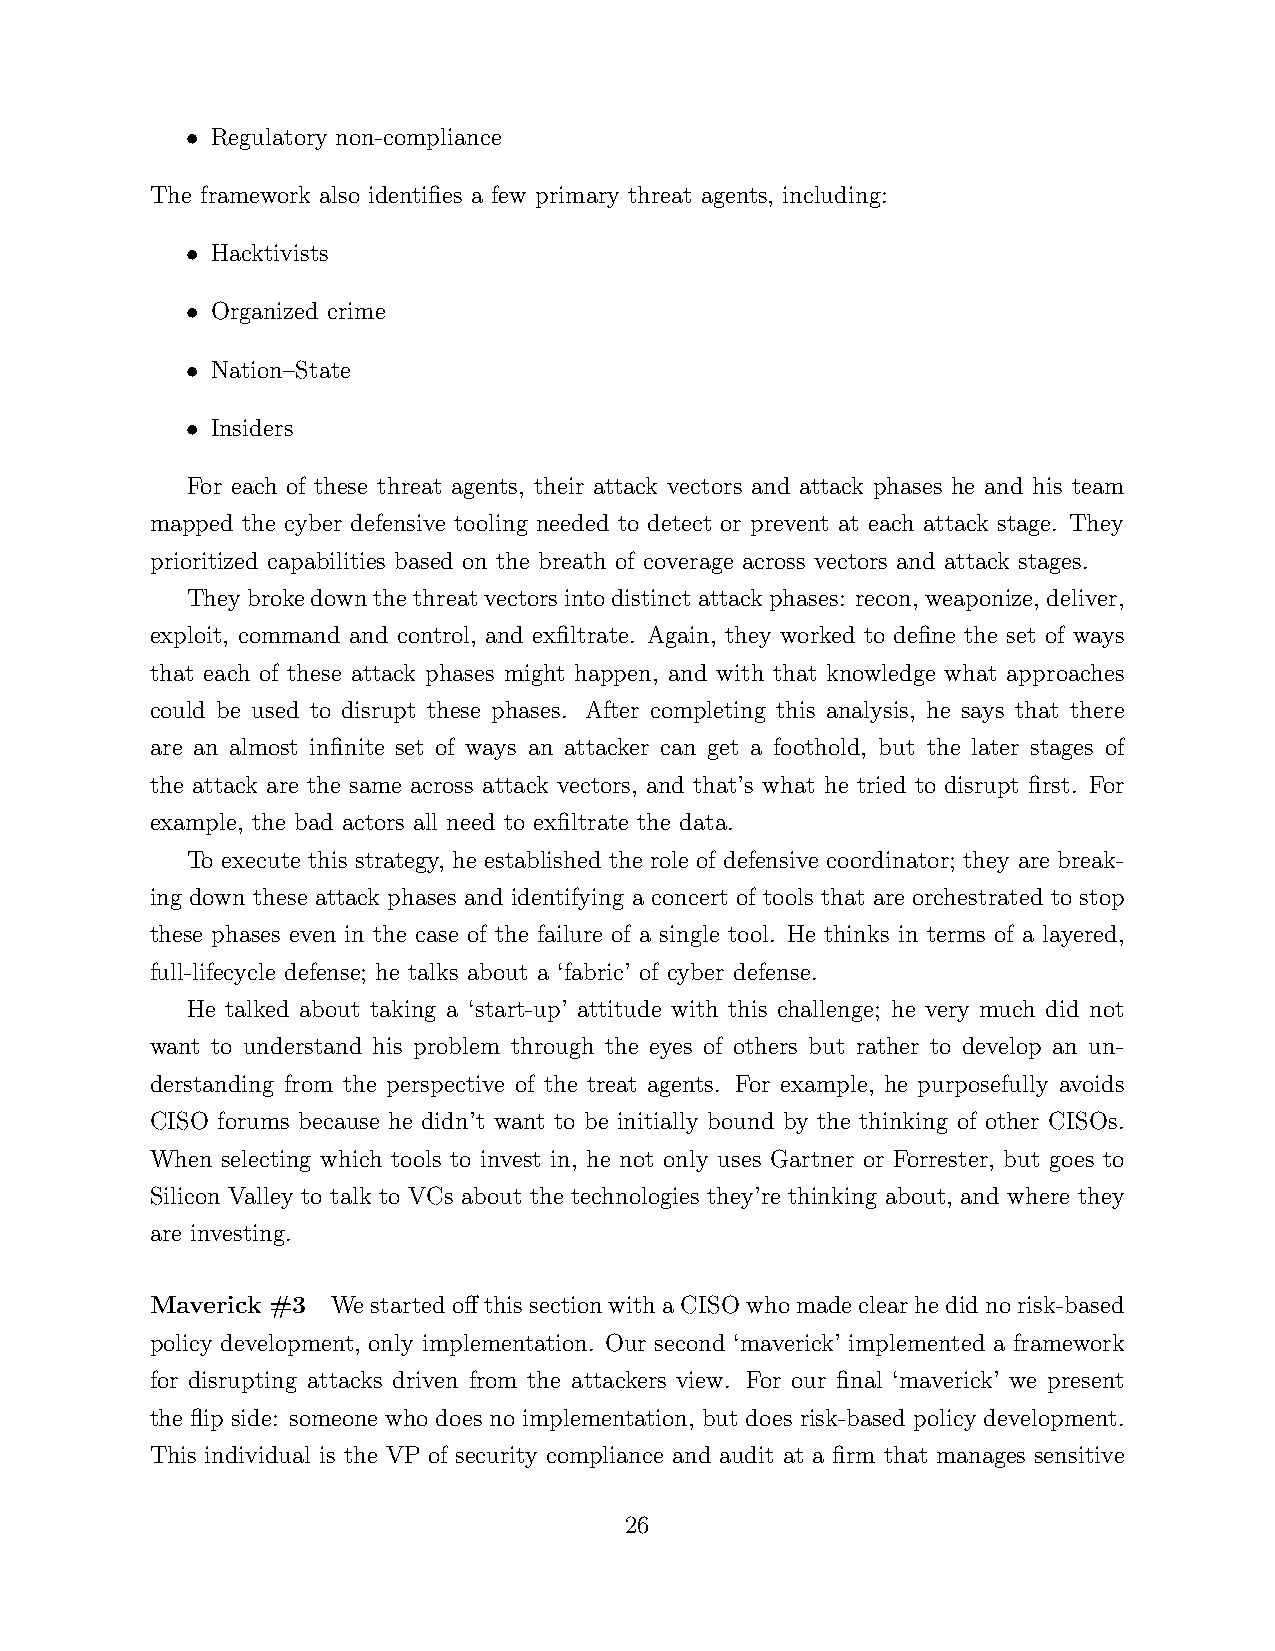
• Regulatory non-compliance
 The framework also identifies a few primary threat agents, including:
 • Hacktivists
 • Organized crime
 • Nation–State
 • Insiders
 For each of these threat agents, their attack vectors and attack phases he and his team
 mapped the cyber defensive tooling needed to detect or prevent at each attack stage. They
 prioritized capabilities based on the breath of coverage across vectors and attack stages.
 Theybrokedownthethreatvectorsintodistinctattackphases: recon, weaponize, deliver,
 exploit, command and control, and exfiltrate. Again, they worked to define the set of ways
 that each of these attack phases might happen, and with that knowledge what approaches
 could be used to disrupt these phases. After completing this analysis, he says that there
 are an almost infinite set of ways an attacker can get a foothold, but the later stages of
 the attack are the same across attack vectors, and that’s what he tried to disrupt first. For
 example, the bad actors all need to exfiltrate the data.
 To execute this strategy, he established the role of defensive coordinator; they are break-
 ing down these attack phases and identifying a concert of tools that are orchestrated to stop
 these phases even in the case of the failure of a single tool. He thinks in terms of a layered,
 full-lifecycle defense; he talks about a ‘fabric’ of cyber defense.
 He talked about taking a ‘start-up’ attitude with this challenge; he very much did not
 want to understand his problem through the eyes of others but rather to develop an un-
 derstanding from the perspective of the treat agents. For example, he purposefully avoids
 CISO forums because he didn’t want to be initially bound by the thinking of other CISOs.
 When selecting which tools to invest in, he not only uses Gartner or Forrester, but goes to
 Silicon Valley to talk to VCs about the technologies they’re thinking about, and where they
 are investing.
 Maverick #3 WestartedoffthissectionwithaCISOwhomadeclearhedidnorisk-based
 policy development, only implementation. Our second ‘maverick’ implemented a framework
 for disrupting attacks driven from the attackers view. For our final ‘maverick’ we present
 the flip side: someone who does no implementation, but does risk-based policy development.
 This individual is the VP of security compliance and audit at a firm that manages sensitive
 26